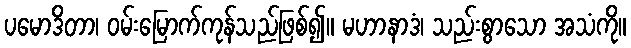
ပမောဒိတာ၊ ဝမ်းမြောက်ကုန်သည်ဖြစ်၍။ မဟာနာဒံ၊ သည်းစွာသော အသံကို။